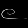
Digit: ၉